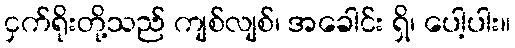
ငှက်ရိုးတို့သည် ကျစ်လျစ်၊ အခေါင်း ရှိ၊ ပေါ့ပါး။